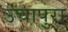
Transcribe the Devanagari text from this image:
उंचापुरा